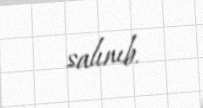
salınıb.